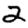
Digit: 2